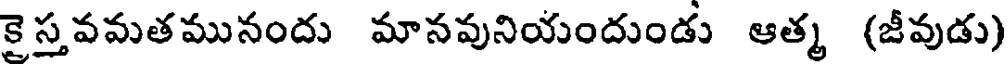
కైస్తవమతమునందు మానవునియందుండు ఆత్మ (జీవుడు)